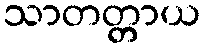
သာတတ္တာယ